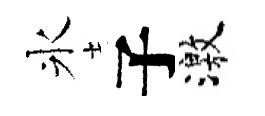
氷子激